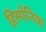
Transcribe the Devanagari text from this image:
हिस्पेनिया